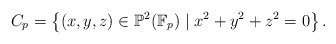
\begin{gather*}C_p = \left\{(x, y, z) \in \mathbb{P}^2(\mathbb{F}_p) \mid x^2 +y^2 +z^2 =0 \right\}.\end{gather*}